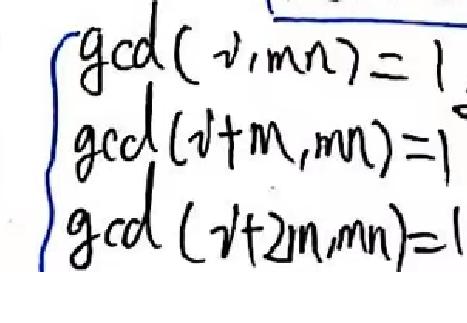
\[
\begin{cases}
\gcd(v,mn)=1 \\
\gcd(v + m,mn)=1 \\
\gcd(v+2m,mn)=1
\end{cases}
\]